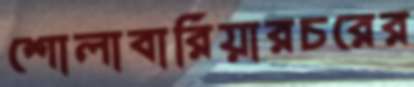
শোলাবারিয়ারচরের